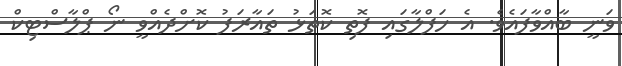
ވަނީ ބާއްވާފައެވެ. އެ ހަފްލާގައި ފޮތި ކޮތަޅު ތައާރަފު ކޮށްދެއްވީ ނޯ ޕްލާސްޓިކް